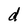
Character: d